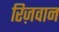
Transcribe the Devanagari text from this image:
रिज़वान